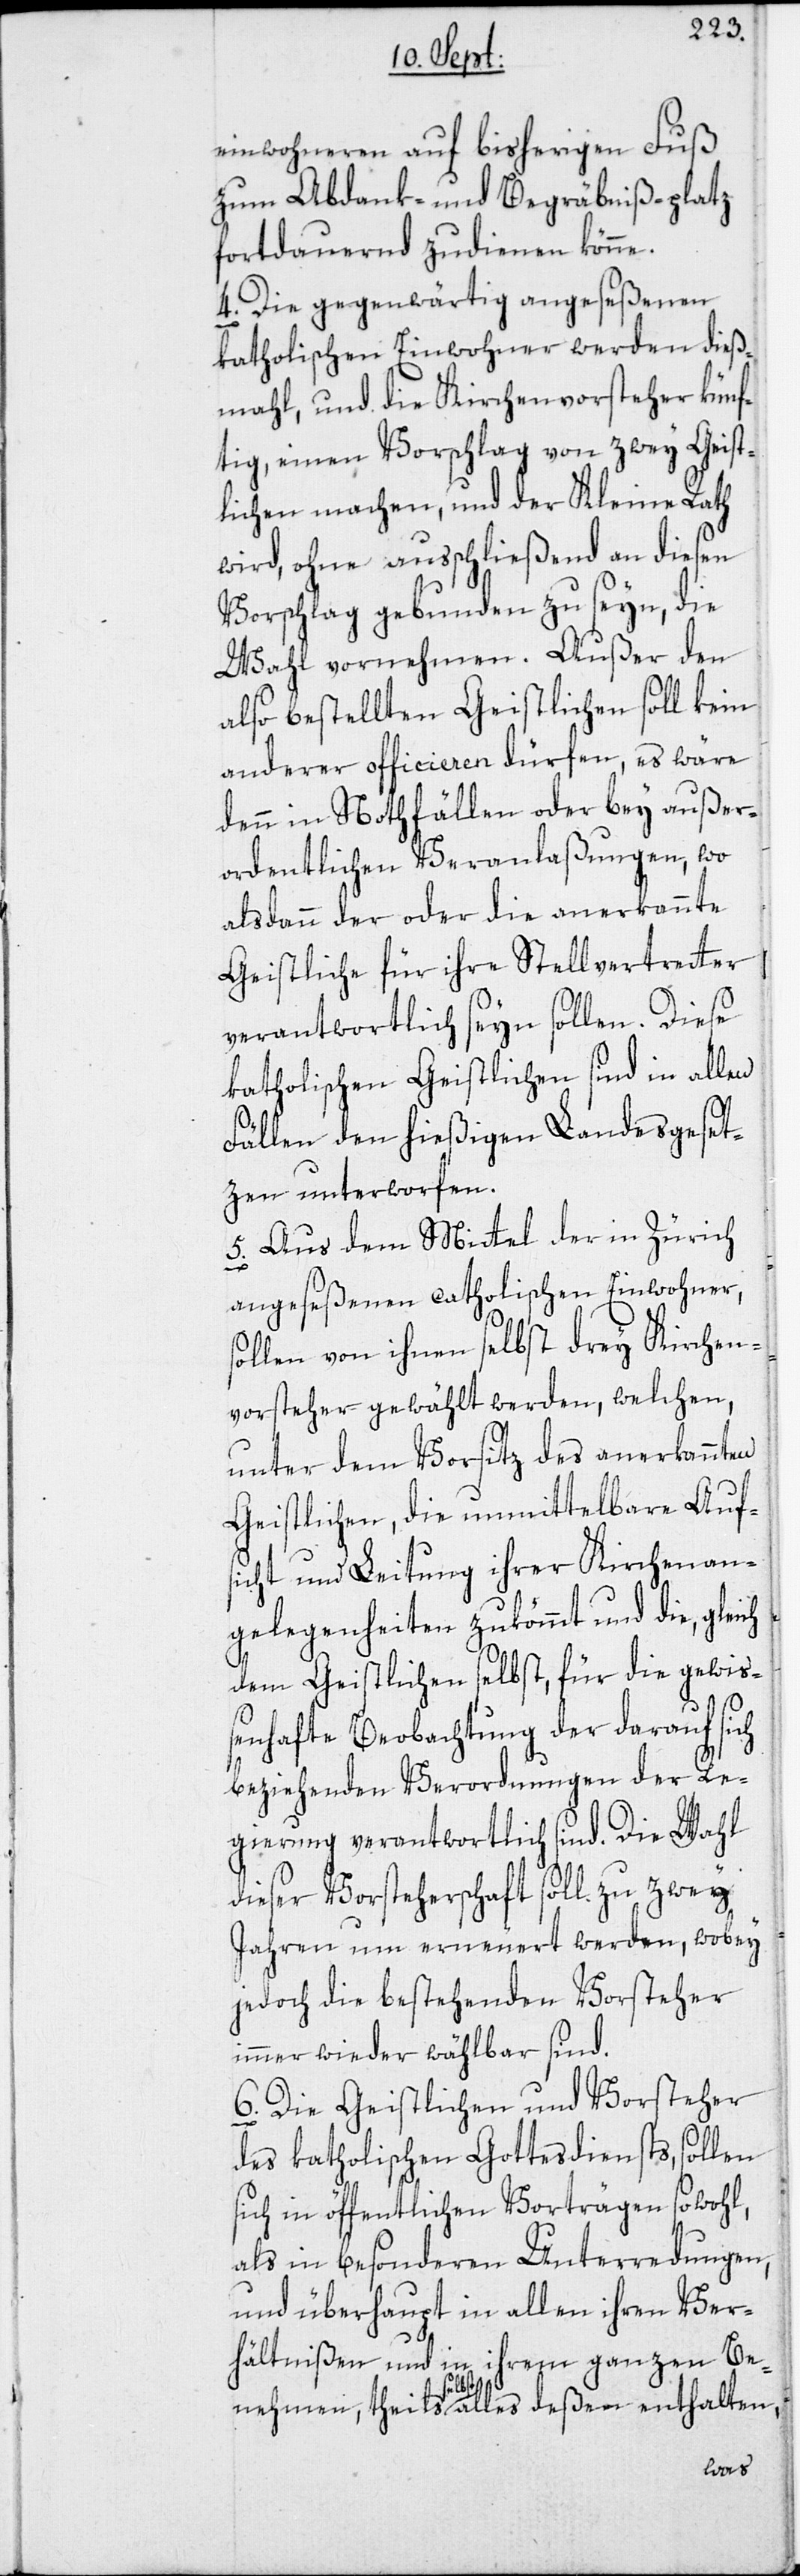
einwohneren auf bisherigen Fuß
zum Abdank- und Begräbniß-platz
fortdauernd zudienen könne.
4. Die gegenwärtig angeseßenen
katholischen Einwohner werden dieß¬
mahl, und die Kirchenvorsteher künf¬
tig, einen Vorschlag von zwey Geist¬
lichen machen, und der Kleine Rath
wird, ohne ausschließend an diesen
Vorschlag gebunden zu seyn, die
Wahl vornehmen. Außer den
also bestellten Geistlichen soll kein
anderer officieren dürfen, es wäre
denn in Nothfällen oder bey außer¬
ordentlichen Veranlaßungen, wo
alsdann der oder die anerkannte
Geistliche für ihre Stellvertretter
verantwortlich seyn sollen. Diese
katholischen Geistlichen sind in allen
Fällen den hießigen Landesgeset¬
zen unterworfen.
5. Aus dem Mittel der in Zürich
angeseßenen catholischen Einwohner,
sollen von ihnen selbst drey Kirchen¬
vorsteher gewählt werden, welchen,
unter dem Vorsitz des anerkannten
Geistlichen, die unmittelbare Auf¬
sicht und Leitung ihrer Kirchenan¬
gelegenheiten zukömmt und die, gleich
dem Geistlichen selbst, für die gewiß¬
enhafte Beobachtung der darauf sich
beziehenden Verordnungen der Re¬
gierung verantwortlich sind. Die Wahl
dieser Vorsteherschaft soll zu zwey
Jahren um erneuert werden, wobey
jedoch die bestehenden Vorsteher
immer wieder wählbar sind.
6. Die Geistlichen und Vorsteher
des katholischen Gottesdiensts, sollen
sich in öffentlichen Vorträgen sowohl,
als in besonderen Unterredungen,
und überhaupt in allen ihren Ver¬
hältnißen und in ihrem ganzen Be¬
alles